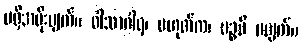
မရှိအမိုးပျက်။ ဝါသာဂါရ၊ မဟုတ်က၊ ပဉ္စမီ မပျက်။